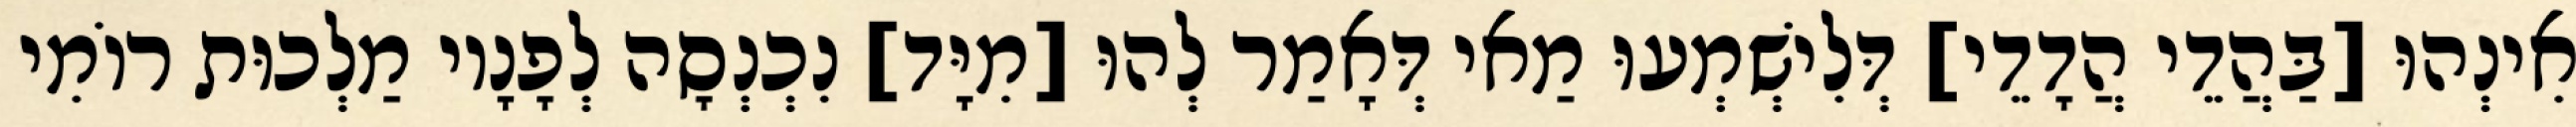
אִינְהוּ [בַּהֲדֵי הֲדָדֵי] דְּלִישְׁמְעוּ מַאי דְּאָמַר לְהוּ [מִיָּד] נִכְנְסָה לְפָנָיו מַלְכוּת רוֹמִי